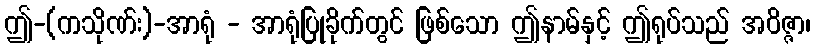
ဤ-(ကသိုဏ်း)-အာရုံ - အာရုံပြုခိုက်တွင် ဖြစ်သော ဤနာမ်နှင့် ဤရုပ်သည် အဝိဇ္ဇာ၊